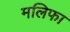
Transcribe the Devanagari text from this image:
मलिफा